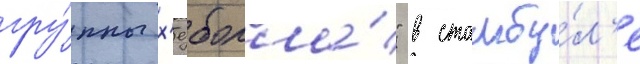
гру́ппы х'езболла́" в стамбу́л'е